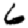
Digit: 6